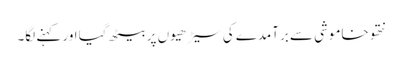
نتھو خاموشی سے برآمدے کی سیڑھیوں پر بیٹھ گیا اور کہنے لگا۔